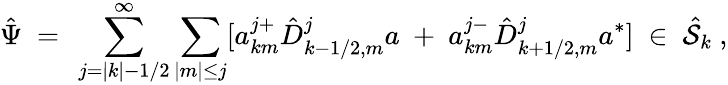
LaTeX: {\hat{\Psi}}\ =\ \sum_{j=|k|-1/2}^{\infty}\sum_{|m|\le j}[a_{km}^{j+}{\hat{D}}_{k-1/2,m}^{j}a\ +\ a_{km}^{j-}{\hat{D}}_{k+1/2,m}^{j}a^{*}]\ \in\ {\hat{\cal S}}_{k}\ ,